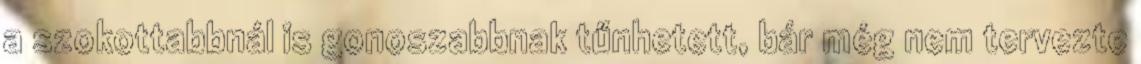
a szokottabbnál is gonoszabbnak tűnhetett, bár még nem tervezte